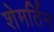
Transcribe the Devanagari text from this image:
शेमर्तिन